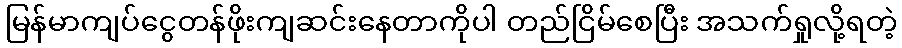
မြန်မာကျပ်ငွေတန်ဖိုးကျဆင်းနေတာကိုပါ တည်ငြိမ်စေပြီး အသက်ရှုလို့ရတဲ့